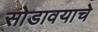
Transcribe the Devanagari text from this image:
सोडावयाचे